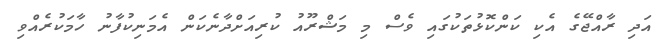
އަދި ރާއްޖޭގެ އެކި ކަންކޮޅުތަކުގައި ވެސް މި މަޝްރޫއު ކުރިއަށްދާނެކަން އެމަނިކުފާނު ހާމަކުރެއްވި